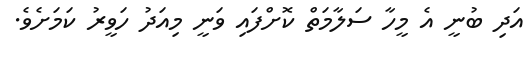
އަދި ބުނީ އެ މީހާ ސަލާމަތް ކޮށްފައި ވަނީ މިއަދު ހަވީރު ކަމަށެވެ.